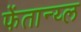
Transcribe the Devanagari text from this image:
फेंतान्य्ल